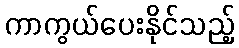
ကာကွယ်ပေးနိုင်သည့်